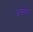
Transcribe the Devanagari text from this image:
अनसंधान